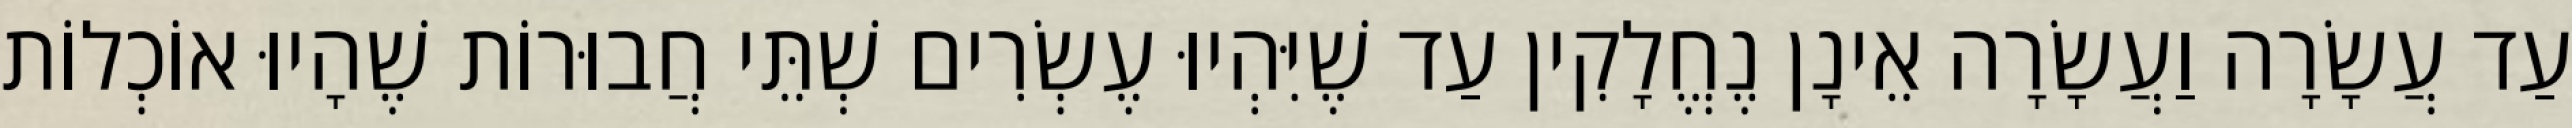
עַד עֲשָׂרָה וַעֲשָׂרָה אֵינָן נֶחֱלָקִין עַד שֶׁיִּהְיוּ עֶשְׂרִים שְׁתֵּי חֲבוּרוֹת שֶׁהָיוּ אוֹכְלוֹת